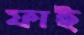
ফাই